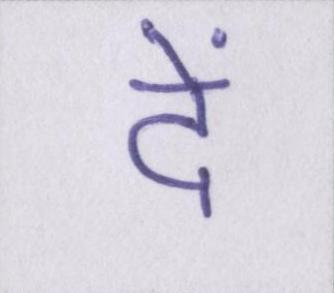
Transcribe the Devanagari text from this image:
दें